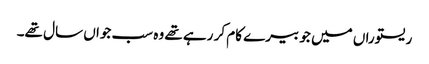
ریستوراں میں جو بیرے کام کر رہے تھے وہ سب جواں سال تھے۔